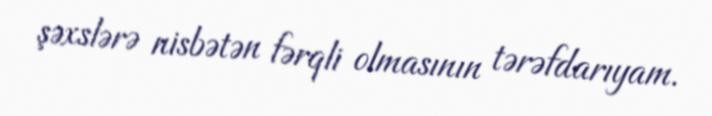
şəxslərə nisbətən fərqli olmasının tərəfdarıyam.